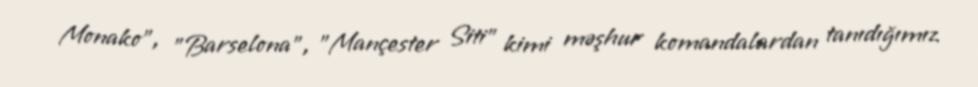
Monako", "Barselona", "Mançester Siti" kimi məşhur komandalardan tanıdığımız